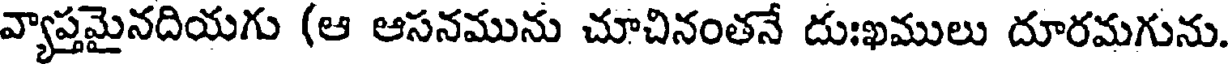
వ్యాప్తమైనదియగు (ఆ ఆసనమును చూచినంతనే దుఃఖములు దూరమగును.